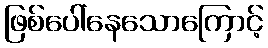
ဖြစ်ပေါ်နေသောကြောင့်